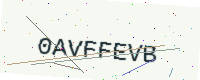
Text: 0AVFFEVB